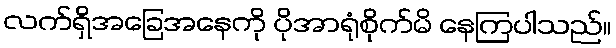
လက်ရှိအခြေအနေကို ပိုအာရုံစိုက်မိ နေကြပါသည်။